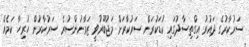
ސަރުކާރުގެ ދައުރު އިގްތިސާދުގައި ކުޑަކުރަން ސަރުކާރަށް މަޖުބޫރުވީ ޒަމާނުންސުރެ ސަރުކާރުން ހުރިހާ ކަމެއް